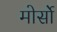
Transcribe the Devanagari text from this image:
मोर्सो